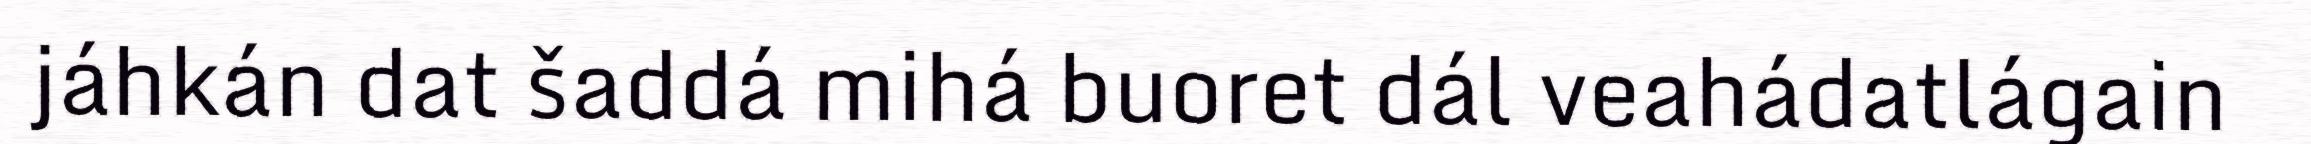
jáhkán dat šaddá mihá buoret dál veahádatlágain